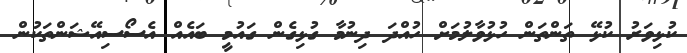
ކުޅިވަރު ކުޅޭ ތަންތަން ހުޅުވާލުމަށް ހުއްދަ ދިނުމާ ގުޅިގެން ގައުމީ ބައެއް އެސޯސިއޭޝަންތަކުން